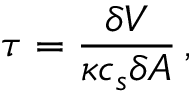
\tau = \frac { \delta V } { \kappa c _ { s } \delta A } \, ,